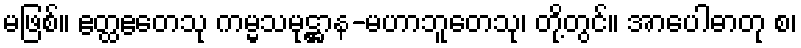
မဖြစ်။ ဧတ္ထဧတေသု ကမ္မသမုဋ္ဌာန-မဟာဘူတေသု၊ တို့တွင်။ အာပေါဓာတု စ၊